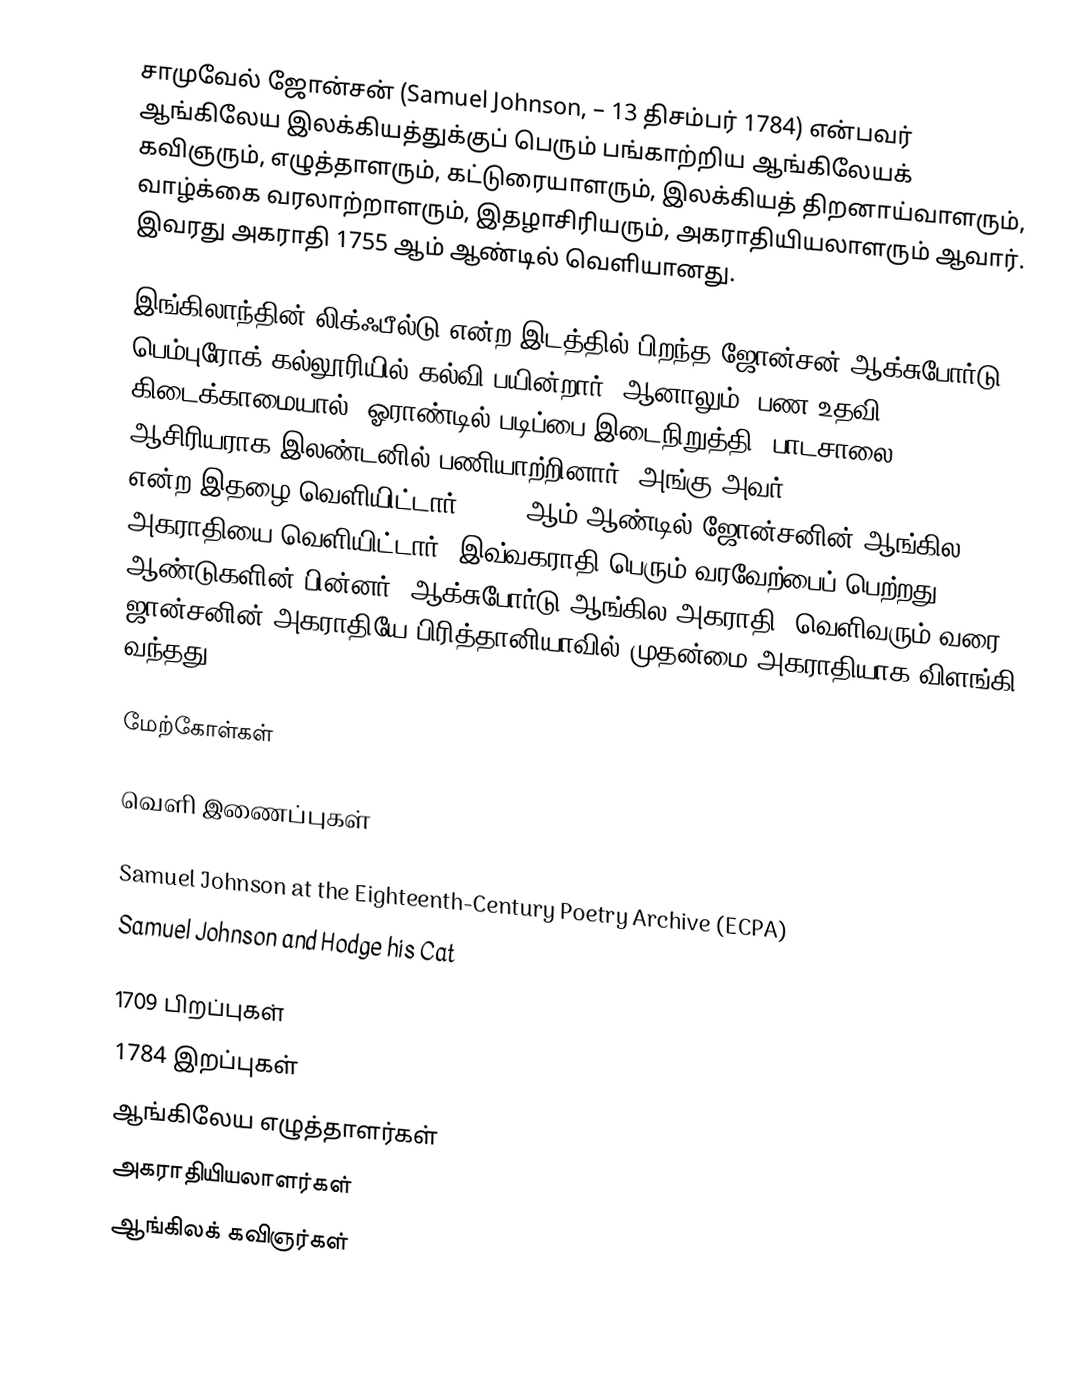
சாமுவேல் ஜோன்சன் (Samuel Johnson,   – 13 திசம்பர் 1784) என்பவர் ஆங்கிலேய இலக்கியத்துக்குப் பெரும் பங்காற்றிய ஆங்கிலேயக் கவிஞரும், எழுத்தாளரும், கட்டுரையாளரும், இலக்கியத் திறனாய்வாளரும், வாழ்க்கை வரலாற்றாளரும், இதழாசிரியரும், அகராதியியலாளரும் ஆவார். இவரது அகராதி 1755 ஆம் ஆண்டில் வெளியானது.

இங்கிலாந்தின் லிக்ஃபீல்டு என்ற இடத்தில் பிறந்த ஜோன்சன் ஆக்சுபோர்டு பெம்புரோக் கல்லூரியில் கல்வி பயின்றார். ஆனாலும், பண உதவி கிடைக்காமையால், ஓராண்டில் படிப்பை இடைநிறுத்தி, பாடசாலை ஆசிரியராக இலண்டனில் பணியாற்றினார். அங்கு அவர் Gentleman's Magazine என்ற இதழை வெளியிட்டார். 1755 ஆம் ஆண்டில் ஜோன்சனின் ஆங்கில அகராதியை வெளியிட்டார். இவ்வகராதி பெரும் வரவேற்பைப் பெற்றது. 150 ஆண்டுகளின் பின்னர் "ஆக்சுபோர்டு ஆங்கில அகராதி" வெளிவரும் வரை, ஜான்சனின் அகராதியே பிரித்தானியாவில் முதன்மை அகராதியாக விளங்கி வந்தது.

மேற்கோள்கள்

வெளி இணைப்புகள்

 Samuel Johnson at the Eighteenth-Century Poetry Archive (ECPA)
 Samuel Johnson and Hodge his Cat

1709 பிறப்புகள்
1784 இறப்புகள்
ஆங்கிலேய எழுத்தாளர்கள்
அகராதியியலாளர்கள்
ஆங்கிலக் கவிஞர்கள்